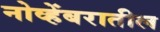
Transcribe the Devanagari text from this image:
नोव्हेंबरातील